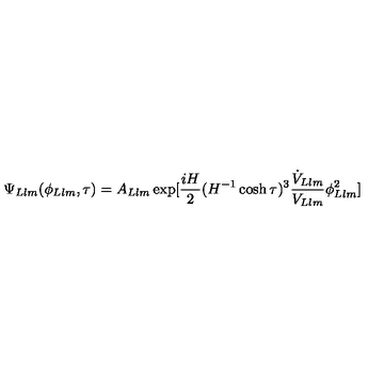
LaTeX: \Psi _ { L l m } ( \phi _ { L l m } , \tau ) = A _ { L l m } \exp [ \frac { i H } { 2 } ( H ^ { - 1 } \cosh \tau ) ^ { 3 } \frac { \dot { V } _ { L l m } } { V _ { L l m } } \phi _ { L l m } ^ { 2 } ]